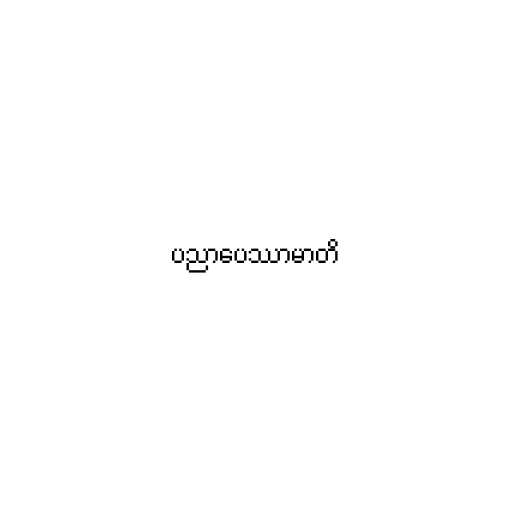
ပညာပေဿာမာတိ